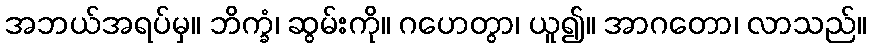
အဘယ်အရပ်မှ။ ဘိက္ခံ၊ ဆွမ်းကို။ ဂဟေတွာ၊ ယူ၍။ အာဂတော၊ လာသည်။